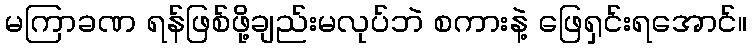
မကြာခဏ ရန်ဖြစ်ဖို့ချည်းမလုပ်ဘဲ စကားနဲ့ ဖြေရှင်းရအောင်။